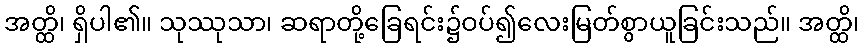
အတ္ထိ၊ ရှိပါ၏။ သုဿုသာ၊ ဆရာတို့ခြေရင်း၌ဝပ်၍လေးမြတ်စွာယူခြင်းသည်။ အတ္ထိ၊